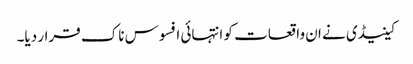
کینیڈی نے ان واقعات کو انتہائی افسوس ناک قرار دیا۔